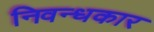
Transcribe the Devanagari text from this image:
निवन्धकार